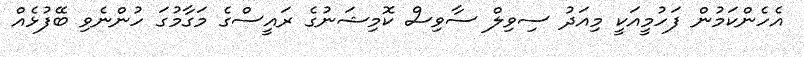
އެހެންކަމުން ފަހުމީއަކީ މިއަދު ސިވިލް ސާވިސް ކޮމިޝަނުގެ ރައީސްގެ މަގާމުގަ ހުންނެވި ބޭފުޅެއް